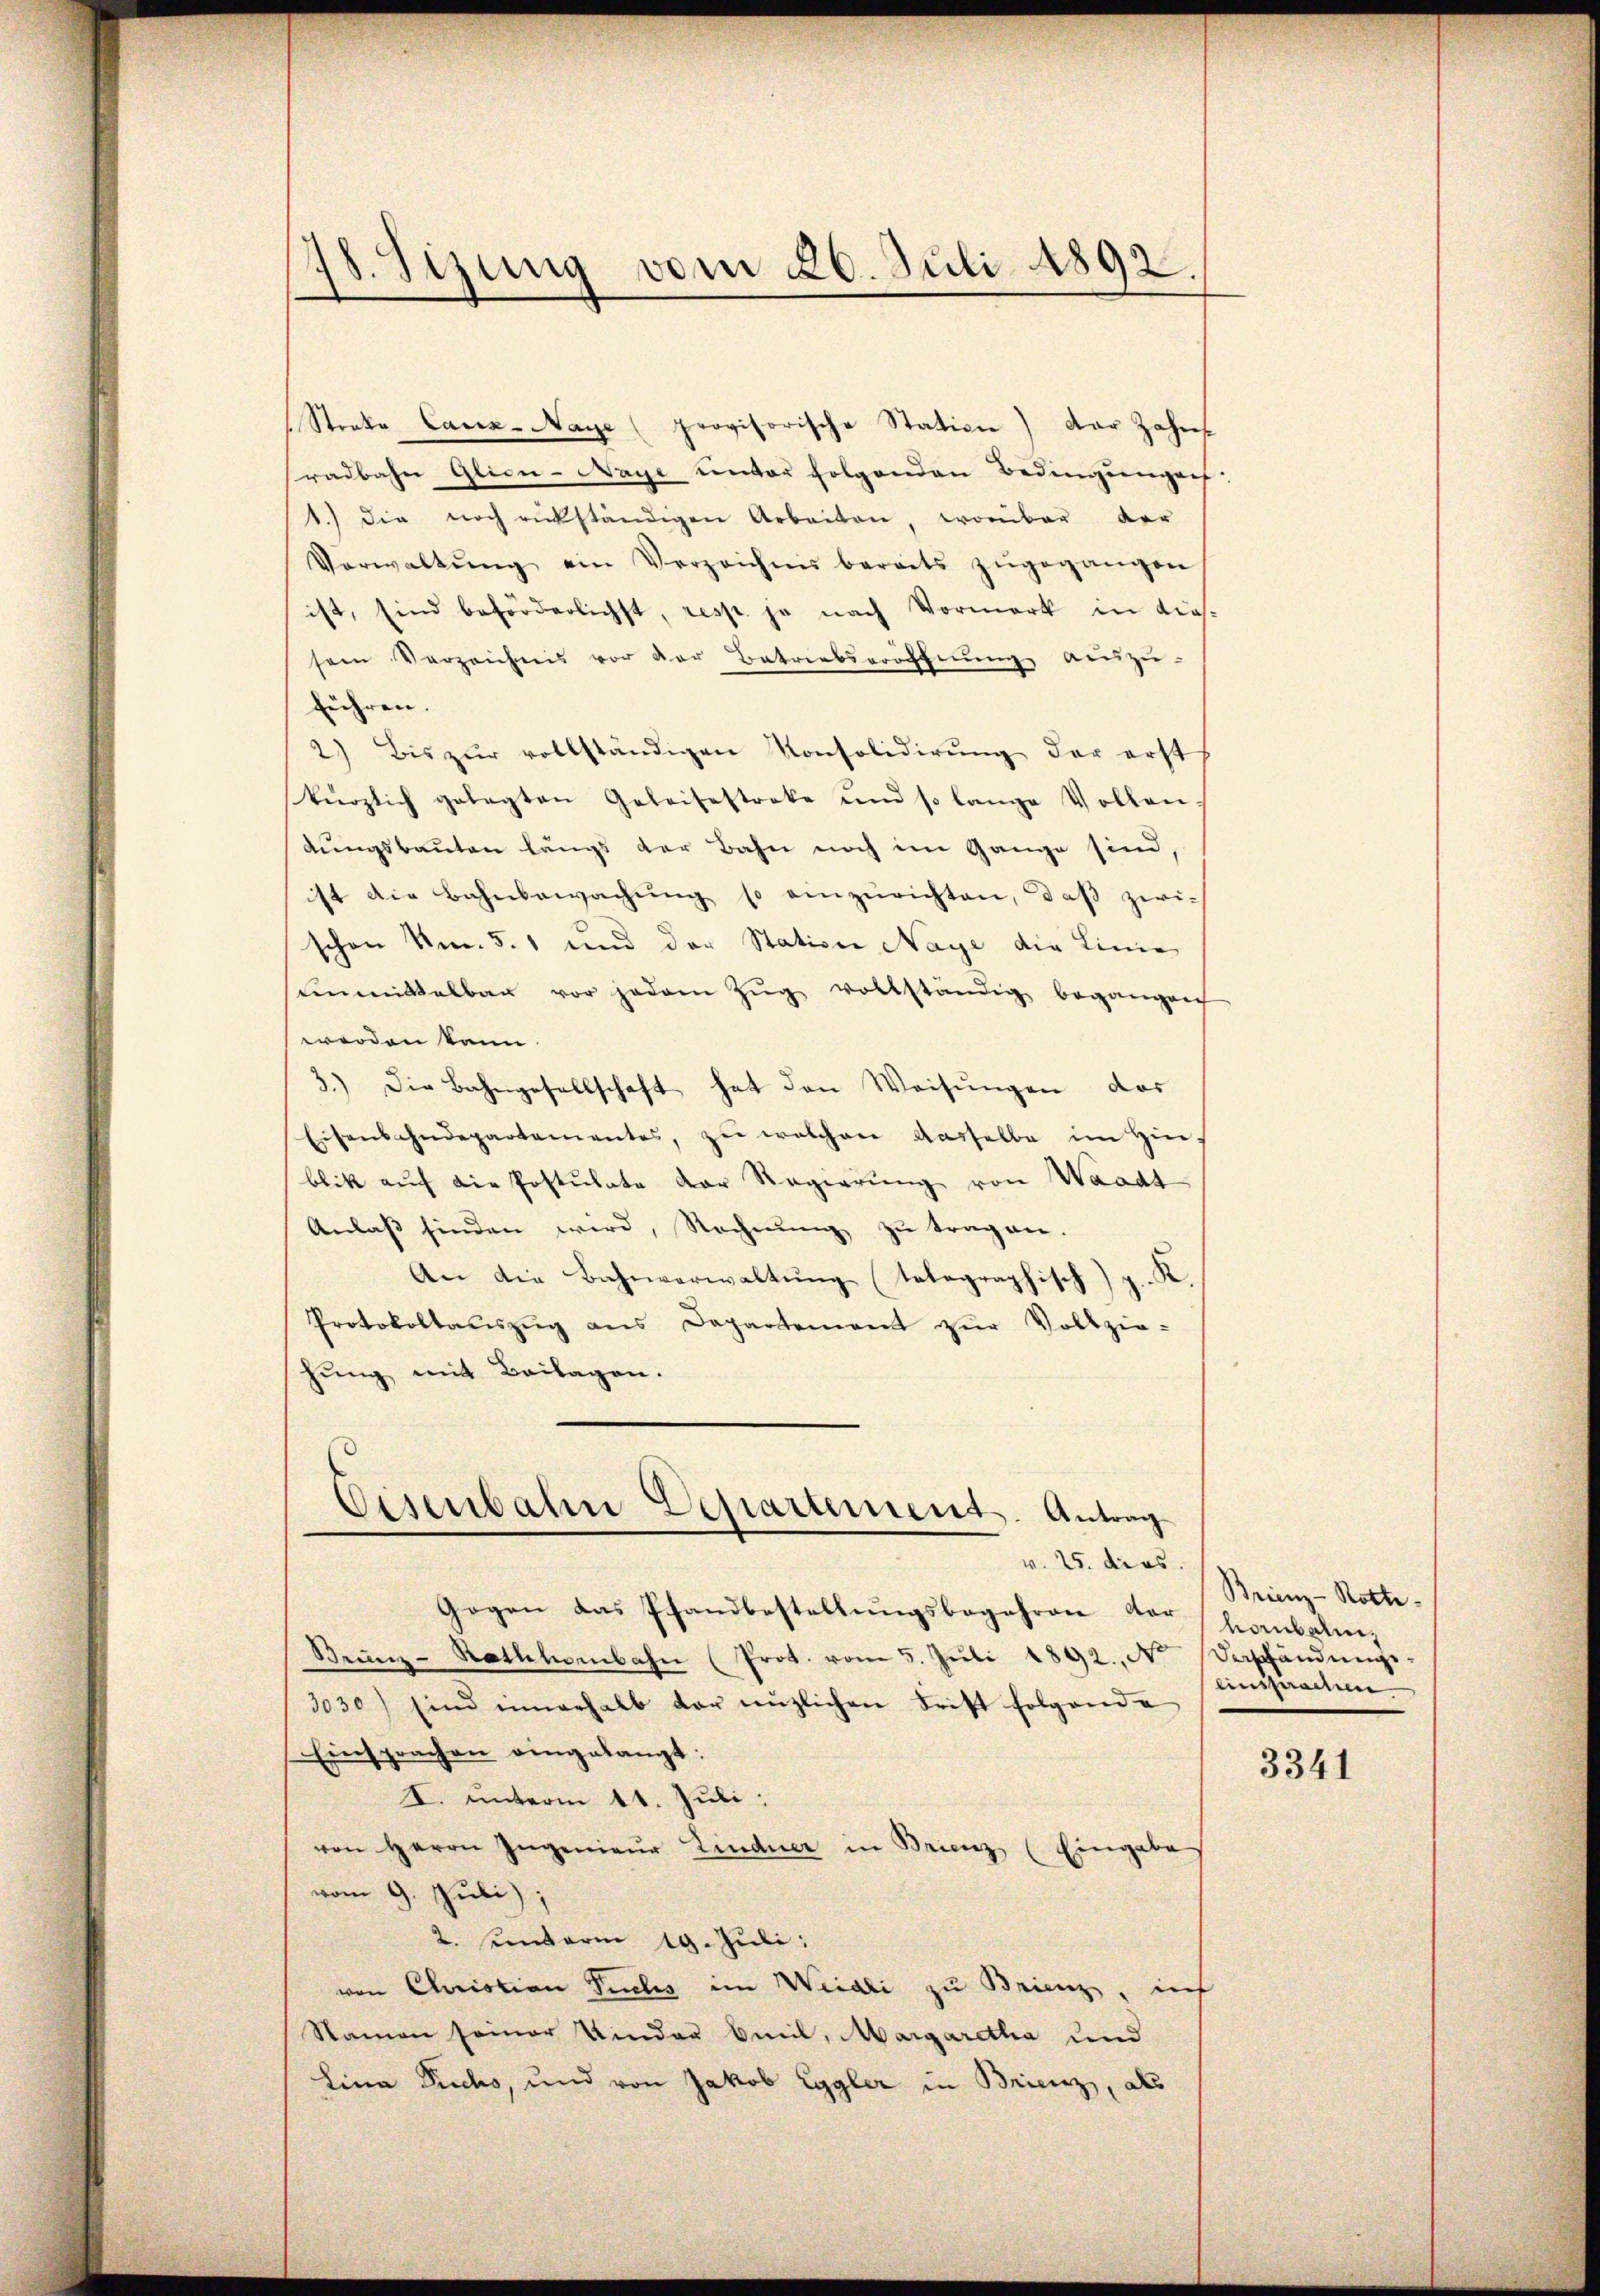
78. Sizung vom 26. Juli 1892.

Streke Caux-Naye (provisorische Station) dar Jahres
radbahn Glion-Naye unter folgenden Bedingungen
1.) die noch rückständigen Arbeiten, worüber der
Verwaltŭng ein Verzeichni bereits zŭgegangen
ist, sind beförderlichst, resp. je nach Vormerk in dies
sein Verzeichnis vor der Betriebseröffnŭng aŭszŭ-
führen.
2.) Bis zŭr vollständigen Konsolidierŭng der erst
kürzlich gelegten Geleisestreke und so lange Vollen-
dungsbauten längs der Bahn noch im Gange sind,
ist die Bahnbewachŭng so einzurichten, daß zwischon am 5. 1 und der Station Naye die Linie
inmittelbar vor jedem Zŭg vollständig begangen
werden kann.
3.) Die Bahngesellschaft hat den Weisungen das
Eisenbahndepartementes, zŭ welchen dasselbe im Hin
blik auf die Postulate der Regierung von Waadt
Anlaβ finden wird, Rechnŭng zŭ tragen.
An die Bahnverwaltŭng telegraphisch) g. K.
Protokollaŭszŭg ans Departement zŭr Vollzie-
hung mit Beilagen.

Eisenbahn Departement. Antrag
v. 25. dies

Gegen das Pfandbestellŭngsbegehren der Hombeli,
Beŭnz-Rathhombahn (Prot. vom 5. Jŭli 1892. No
3030) sind innerhalb der nüzlichen Frist folgende
Einsprachen eingelangt:
I. unterm 11. Juli:
von Herrn Ingenieŭr Lindner in Brienz (Eingabe
vom 9. Juli);
2. sunterm 19. Juli:
von Christian Puches im Weidli zu Brienz, in
Namen seiner Kinder beeil, Margaretha und
Lina Puchs, und von Jakob Eggler in Brienz, als

Brienz-Rotte
Dashändungseinsprachen

3341